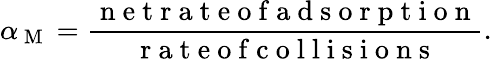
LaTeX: \alpha_{\mathrm{~M~}}=\frac{\mathrm{~n~e~t~r~a~t~e~o~f~a~d~s~o~r~p~t~i~o~n~}}{\mathrm{~r~a~t~e~o~f~c~o~l~l~i~s~i~o~n~s~}}.